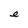
Character: e